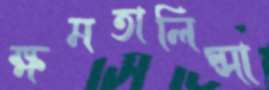
ক্ষমতালিপ্সা